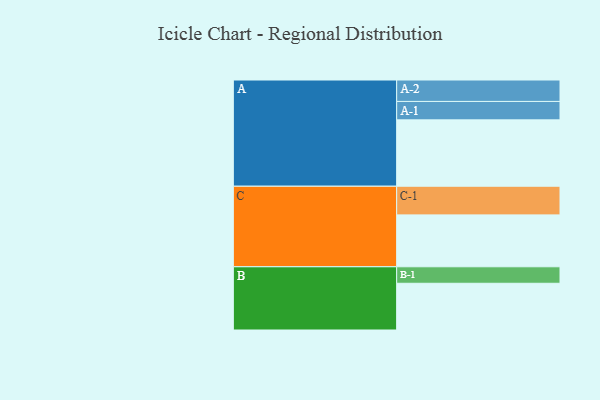
{"axis": {"x": "Segment", "y": "Value"}, "legend": ["", "A", "B", "C"], "data": [{"x": "A", "y": 591, "type": ""}, {"x": "B", "y": 416, "type": ""}, {"x": "C", "y": 462, "type": ""}, {"x": "A-1", "y": 164, "type": "A"}, {"x": "A-2", "y": 191, "type": "A"}, {"x": "B-1", "y": 147, "type": "B"}, {"x": "C-1", "y": 255, "type": "C"}]}